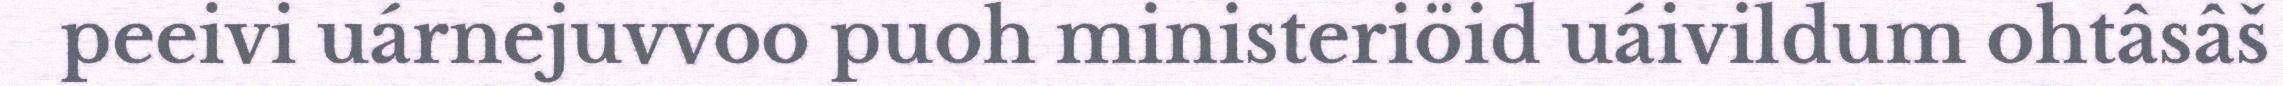
peeivi uárnejuvvoo puoh ministeriöid uáivildum ohtâsâš